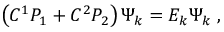
\left( C ^ { 1 } P _ { 1 } + C ^ { 2 } P _ { 2 } \right) \Psi _ { k } = E _ { k } \Psi _ { k } ~ ,